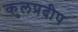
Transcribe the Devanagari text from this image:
कुलप्रदीप